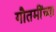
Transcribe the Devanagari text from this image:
गौतमींच्या